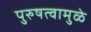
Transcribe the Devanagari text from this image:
पुरुषत्वामुळे